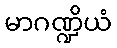
မာဂဏ္ဍိယံ